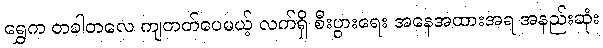
ရွှေက တခါတလေ ကျတတ်ပေမယ့် လက်ရှိ စီးပွားရေး အနေအထားအရ အနည်းဆုံး